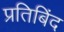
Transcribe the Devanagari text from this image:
प्रतिबिंद